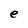
Character: e